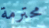
محترمة